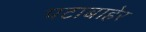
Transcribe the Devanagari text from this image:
पटाबाहेर